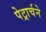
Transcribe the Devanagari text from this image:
पेट्रार्चने